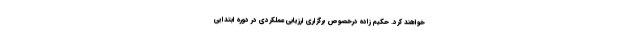
خواهند کرد. حکیم زاده درخصوص برگزاری ارزیابی عملکردی در دوره ابتدایی